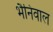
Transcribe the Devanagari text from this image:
भैनिवाल